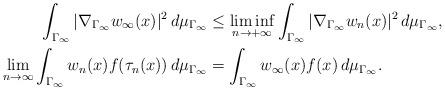
LaTeX: \begin{align*} \int_{\Gamma_\infty} |\nabla_{\Gamma_\infty} w_\infty(x)|^2 \, d\mu_{\Gamma_\infty}&\leq \liminf_{n\to +\infty}\int_{\Gamma_\infty} |\nabla_{\Gamma_\infty} w_n(x)|^2 \, d\mu_{\Gamma_\infty},\\ \lim_{n\to \infty}\int_{\Gamma_\infty} w_n(x)f(\tau_n(x)) \, d\mu_{\Gamma_\infty}&=\int_{\Gamma_\infty} w_\infty(x)f(x) \, d\mu_{\Gamma_\infty}.\end{align*}